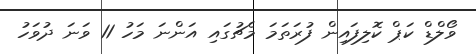
ވޯލްޑް ކަޕް ކޮލިފައިން ފުރަތަމަ މެޗުގައި އަންނަ މަހު 11 ވަނަ ދުވަހު